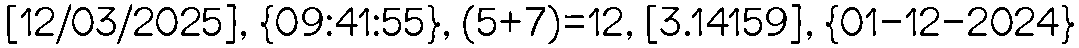
[12/03/2025], {09:41:55}, (5+7)=12, [3.14159], {01-12-2024}